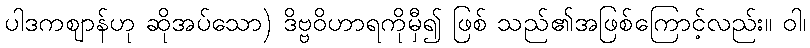
ပါဒကဈာန်ဟု ဆိုအပ်သော) ဒိဗ္ဗဝိဟာရကိုမှီ၍ ဖြစ် သည်၏အဖြစ်ကြောင့်လည်း။ ဝါ၊